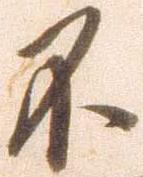
不